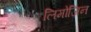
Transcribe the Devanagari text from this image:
लिमोज़िन